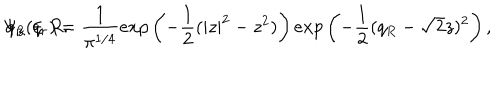
LaTeX: \Psi _ { z } ( q _ { r } ) = \frac { 1 } { \pi ^ { 1 / 4 } } e x p \left( - \frac { 1 } { 2 } ( | z | ^ { 2 } - z ^ { 2 } ) \right) e x p \left( - \frac { 1 } { 2 } ( q _ { R } - \sqrt { 2 } z ) ^ { 2 } \right) , \hspace { 0 . 7 i n } q _ { R } \in R .